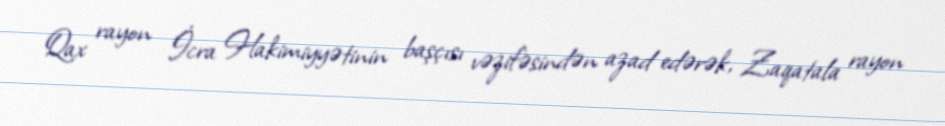
Qax rayon İcra Hakimiyyətinin başçısı vəzifəsindən azad edərək, Zaqatala rayon